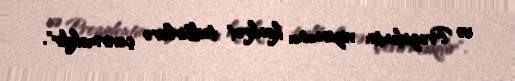
və Prezidentin vizionunu konkret tədbirlərə çevirməkdir".